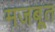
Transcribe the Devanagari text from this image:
मजबूूत